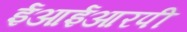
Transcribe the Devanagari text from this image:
ईआईआरपी